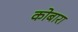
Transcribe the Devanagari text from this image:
कोबारा